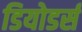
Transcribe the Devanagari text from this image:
डियोडर्स